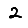
Digit: 2